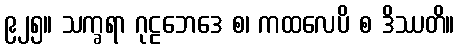
၉၂၅။ သက္ခရာ ဂုဠဘေဒေ စ၊ ကထလေပိ စ ဒိဿတိ။